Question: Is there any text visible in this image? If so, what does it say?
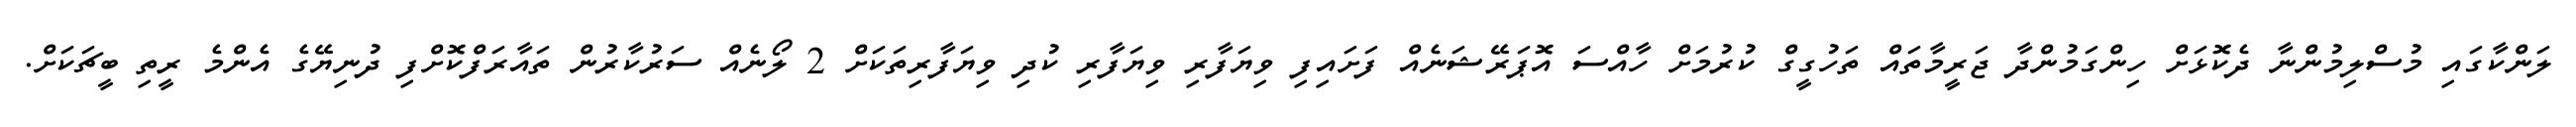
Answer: ލަންކާގައި މުސްލިމުންނާ ދެކޮޅަށް ހިންގަމުންދާ ޖަރީމާތައް ތަހުގީގް ކުރުމަށް ހާއްސަ އޮޕަރޭޝަނެއް ފަށައިފި ވިޔަފާރި ވިޔަފާރި ކުދި ވިޔަފާރިތަކަށް 2 ލޯނެއް ސަރުކާރުން ތައާރަފްކޮށްފި ދުނިޔޭގެ އެންމެ ރީތި ބީޗަކަށް.